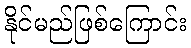
နိုင်မည်ဖြစ်ကြောင်း